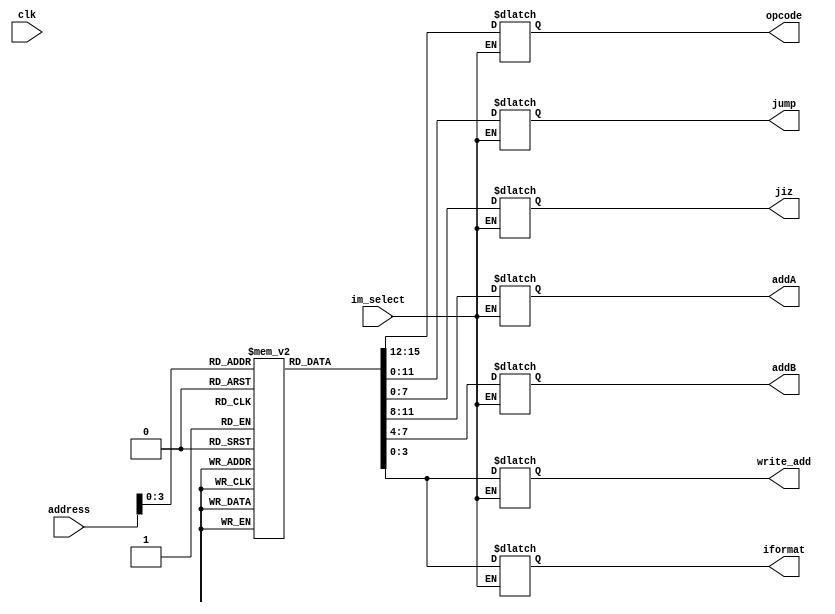
module instruction(address,clk,opcode,jump,jiz,addA,addB,write_add,iformat,im_select);
input [15:0]address;
input clk,im_select;
output reg[3:0]opcode;
output reg[11:0] jump;
output reg[7:0] jiz;
output reg[3:0] addA;
output reg[3:0] addB;
output reg[3:0] write_add;
output reg[3:0] iformat;
reg [3:0]dest;
reg [15:0]instruction;
reg [15:0] imem[0:15];
initial begin
imem[2]<=16'b0000_0000_0000_0101; 
imem[1]<=16'b0001_0010_0011_0011; 
imem[3]<=16'b0010_0100_0010_0011;
imem[0]<=16'b0010_0000_0000_0101;
imem[4]<=16'b0010_0111_0010_0011;
imem[5]<=16'b0011_0010_0011_0010;
imem[6]<=16'b0110_0001_0001_0011;
imem[7]<=16'b0001_0110_0001_0011;
imem[8]<=16'b0110_0001_0011_0001; 
end
always @(im_select)begin
if(im_select==1)begin
dest=write_add;
instruction = imem[address];
opcode = instruction[15:12];
jump = instruction[11:0];
jiz = instruction[7:0];
addA = instruction[11:8];
addB = instruction[7:4];
write_add = instruction[3:0];
iformat = instruction[3:0];
end
end

endmodule